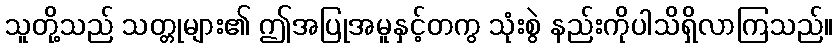
သူတို့သည် သတ္တုများ၏ ဤအပြုအမူနှင့်တကွ သုံးစွဲ နည်းကိုပါသိရှိလာကြသည်။